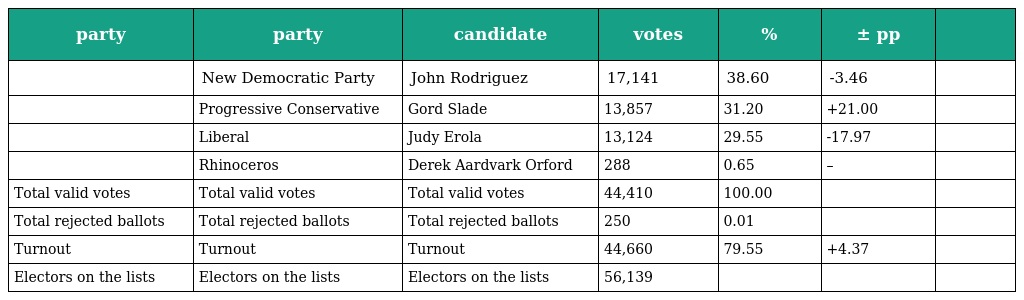
| party | party | candidate | votes | % | ± pp |  |
 | --- | --- | --- | --- | --- | --- | --- |
 |  | New Democratic Party | John Rodriguez | 17,141 | 38.60 | -3.46 |  |
 |  | Progressive Conservative | Gord Slade | 13,857 | 31.20 | +21.00 |  |
 |  | Liberal | Judy Erola | 13,124 | 29.55 | -17.97 |  |
 |  | Rhinoceros | Derek Aardvark Orford | 288 | 0.65 | – |  |
 | Total valid votes | Total valid votes | Total valid votes | 44,410 | 100.00 |  |  |
 | Total rejected ballots | Total rejected ballots | Total rejected ballots | 250 | 0.01 |  |  |
 | Turnout | Turnout | Turnout | 44,660 | 79.55 | +4.37 |  |
 | Electors on the lists | Electors on the lists | Electors on the lists | 56,139 |  |  |  |